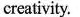
creativity.